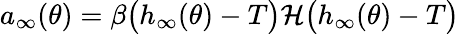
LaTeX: a_{\infty}(\theta)=\beta\big(h_{\infty}(\theta)-T\big)\mathcal{H}\big(h_{\infty}(\theta)-T\big)